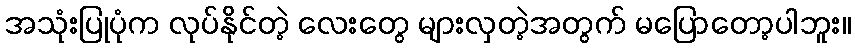
အသုံးပြုပုံက လုပ်နိုင်တဲ့ လေးတွေ များလှတဲ့အတွက် မပြောတော့ပါဘူး။